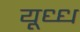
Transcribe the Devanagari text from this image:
यूध्ध